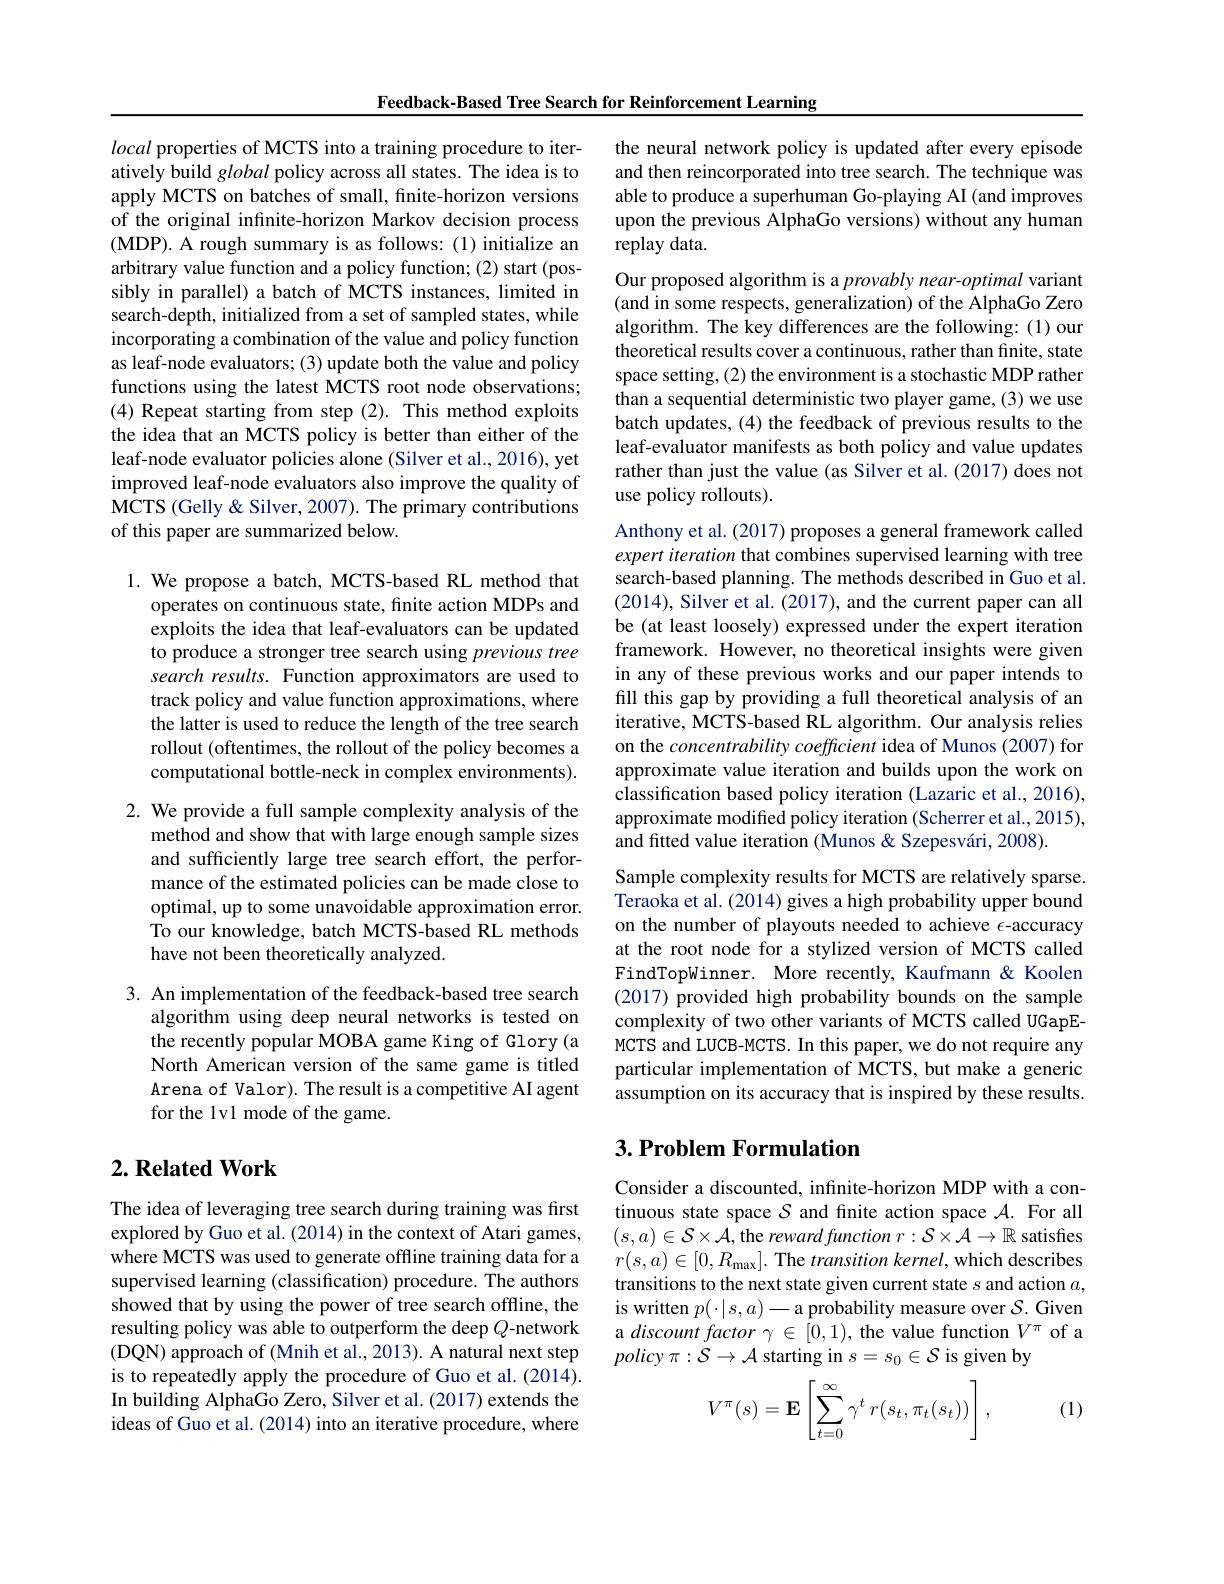
Feedback-Based Tree Search for Reinforcement Learning

local properties of MCTS into a training procedure to iteratively build global policy across all states. The idea is to apply MCTS on batches of small, finite-horizon versions of the original infnite-horizon Markov decision process (MDP). A rough summary is as follows: (1) initialize an arbitrary value function and a policy function; (2) start (possibly in parallel) a batch of MCTS instances, limited in search-depth, initialized from a set of sampled states, while incorporating a combination of the value and policy function as leaf-node evaluators; (3) update both the value and policy functions using the latest MCTS root node observations; (4) Repeat starting from step (2). This method exploits the idea that an MCTS policy is better than either of the leaf-node evaluator policies alone (Silver et al., 2016), yet improved leaf-node evaluators also improve the quality of MCTS (Gelly & Silver, 2007). The primary contributions of this paper are summarized below.

1. We propose a batch, MCTS-based RL method that
operates on continuous state, finite action MDPs and exploits the idea that leaf-evaluators can be updated to produce a stronger tree search using previous tree search results. Function approximators are used to track policy and value function approximations, where the latter is used to reduce the length of the tree search rollout (oftentimes, the rollout of the policy becomes a computational bottle-neck in complex environments).

2. We provide a full sample complexity analysis of the
method and show that with large enough sample sizes and sufficiently large tree search effort, the performance of the estimated policies can be made close to optimal, up to some unavoidable approximation error. To our knowledge, batch MCTS-based RL methods have not been theoretically analyzed.

3. An implementation of the feedback-based tree search
algorithm using deep neural networks is tested on the recently popular MOBA game King of Glory(a North American version of the same game is titled Arena of Valor). The result is a competitive AI agent for the 1v1 mode of the game.

## $2. \textbf{Related Work}$

The idea of leveraging tree search during training was first explored by Guo et al. (2014) in the context of Atari games, where MCTS was used to generate offline training data for a supervised learning (classification) procedure. The authors showed that by using the power of tree search offline, the resulting policy was able to outperform the deep $Q$-network (DQN) approach of (Mnih et al., 2013). A natural next step is to repeatedly apply the procedure of Guo et al. (2014). In building AlphaGo Zero, Silver et al. (2017) extends the ideas of Guo et al. (2014) into an iterative procedure, where

the neural network policy is updated after every episode and then reincorporated into tree search. The technique was able to produce a superhuman Go-playing AI (and improves upon the previous AlphaGo versions) without any human replay data.

Our proposed algorithm is a provably near-optimal variant (and in some respects, generalization) of the AlphaGo Zero algorithm. The key differences are the following: (1) our theoretical results cover a continuous, rather than finite, state space setting, (2) the environment is a stochastic MDP rather than a sequential deterministic two player game, (3) we use batch updates, (4) the feedback of previous results to the leaf-evaluator manifests as both policy and value updates rather than just the value (as Silver et al. (2017) does not use policy rollouts).

Anthony et al. (2017) proposes a general framework called expert iteration that combines supervised learning with tree search-based planning. The methods described in Guo et al. (2014), Silver et al. (2017), and the current paper can all be (at least loosely) expressed under the expert iteration framework. However, no theoretical insights were given in any of these previous works and our paper intends to fill this gap by providing a full theoretical analysis of an iterative, MCTS-based RL algorithm. Our analysis relies on the concentrability coefficient idea of Munos (2007) for approximate value iteration and builds upon the work on classification based policy iteration (Lazaric et al., 2016), approximate modified policy iteration (Scherrer et al., 2015), and fitted value iteration (Munos & Szepesvári, 2008).
Sample complexity results for MCTS are relatively sparse. $\hat{\text{Teraoka et al. (2014) gives a high probability upper bound}}$ on the number of playouts needed to achieve $\epsilon$-accuracy at the root node for a stylized version of MCTS called FindTopWinner. More recently, Kaufmann& Koolen (2017) provided high probability bounds on the sample complexity of two other variants of MCTS called UGapEMCTS and LUCB-MCTS. In this paper, we do not require any particular implementation of MCTS, but make a generic assumption on its accuracy that is inspired by these results.

## $3. \textbf{Problem Formulation}$

Consider a discounted, infinite-horizon MDP with a continuous state space $\mathcal{S}$ and finite action space $\mathcal{A}.$ For all $\begin{array}{l}{(s,a)\in\mathcal{S}\times\mathcal{A},\text{the rewardfunction }r:\mathcal{S}\times\mathcal{A}\to\mathbb{R}\text{ satisfies}}\\{r(s,a)\in[0,B]\text{ The trancition lernal which deccribes}}\end{array}$ $r(s,a)\in[0,R_{\mathrm{max}}].$ The $transition\textit{kernel, which describes}$ transitions to the next state given current state $s$ and action $a$, is written $p(\cdot|s,a)-$a probability measure over $\mathcal{S}.$ Given a $discount\textit{factor}\gamma \in [ 0, 1) $, the value function $V^\pi$ of a $policy\pi:\mathcal{S}\to\mathcal{A}$ starting in $s=s_0\in\mathcal{S}$ is given by

(1)
$$V^\pi(s)=\mathbf{E}\left[\sum_{t=0}^\infty\gamma^t\:r(s_t,\pi_t(s_t))\right],$$